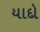
યાદો